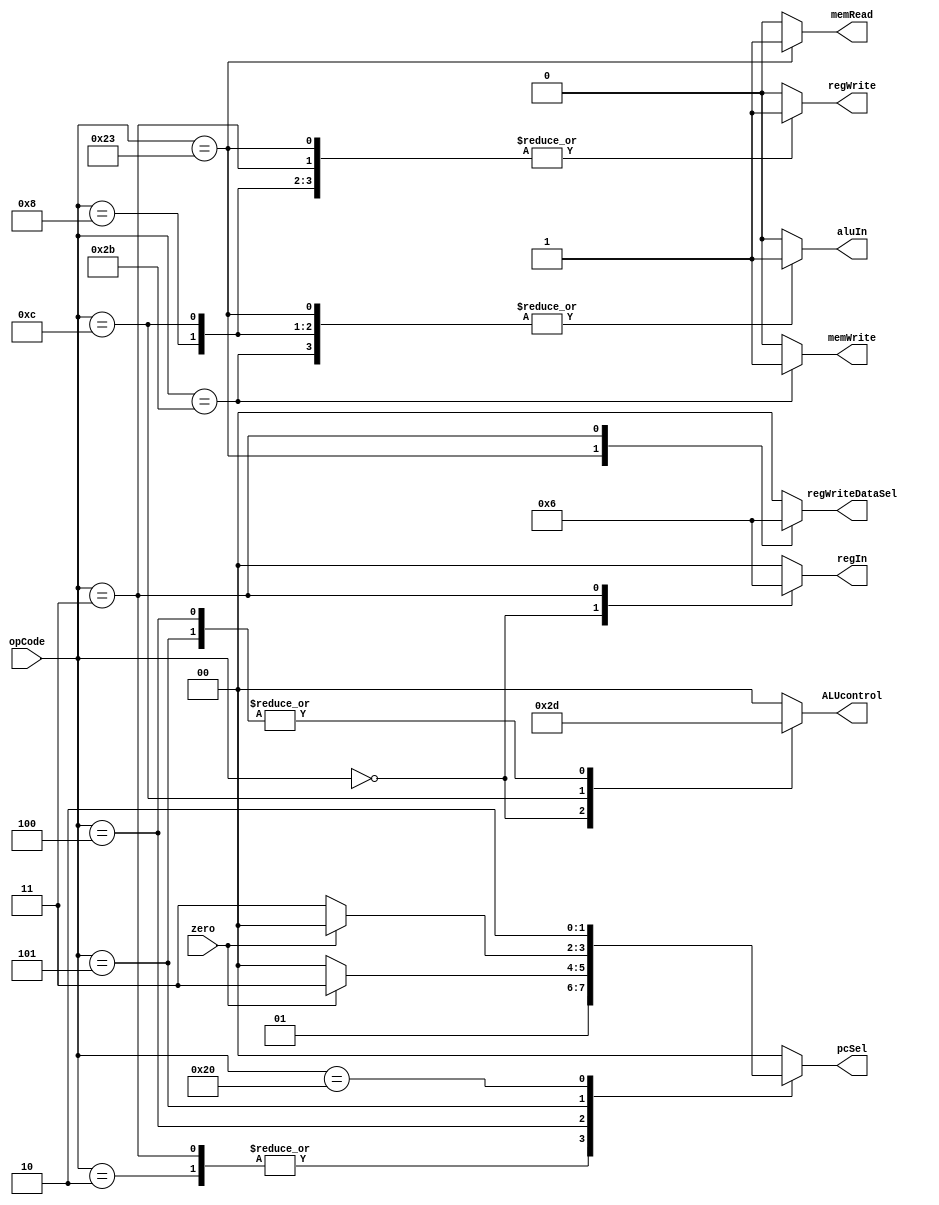
`timescale 1ns/1ns
module Controller(output reg[1:0] ALUcontrol , regWriteDataSel , regIn , pcSel , output reg memRead , memWrite , aluIn , regWrite ,input[5:0] opCode ,input zero);
  always@(opCode , zero)begin
    ALUcontrol = 2'b0 ; regWriteDataSel = 2'b0 ; regIn = 2'b0 ; pcSel = 2'b0;
    {memRead , memWrite , aluIn , regWrite} = 4'b0;
    case(opCode)
      6'b000000: begin // R_type ==> add , sub , and , or , slt
        ALUcontrol = 2'b10;
        regWriteDataSel = 0;
        regIn = 1;
        pcSel = 0;
        aluIn = 0;
        {memRead , memWrite , regWrite} = 3'b001;
      end
      6'b001000: begin // addi
        ALUcontrol = 2'b00;
        regWriteDataSel = 0;
        regIn = 0;
        pcSel = 0;
        aluIn = 1;
        {memRead , memWrite , regWrite} = 3'b001;
      end
      6'b001100: begin // andi
        ALUcontrol = 2'b11;
        regWriteDataSel = 0;
        regIn = 0;
        pcSel = 0;
        aluIn = 1;
        {memRead , memWrite , regWrite} = 3'b001;
      end
      6'b100011: begin // lw
        ALUcontrol = 2'b00;
        regWriteDataSel = 1;
        regIn = 0;
        pcSel = 0;
        aluIn = 1;
        {memRead , memWrite , regWrite} = 3'b101;
      end
      6'b101011: begin // sw
        ALUcontrol = 2'b00;
        pcSel = 0;
        aluIn = 1;
        {memRead , memWrite , regWrite} = 4'b010;
      end
      6'b000010: begin // j
        pcSel = 1;
        aluIn = 0;
        {memRead , memWrite , regWrite} = 3'b000;
      end 
      6'b000011: begin // jal
        regWriteDataSel = 2;
        regIn = 2;
        pcSel = 1;
        aluIn = 0;
        {memRead , memWrite , regWrite} = 3'b001;
      end
      6'b000100: begin // beq
        ALUcontrol = 2'b01;
        aluIn = 0;
        if(zero)
          pcSel = 3;
        else 
          pcSel = 0;
        {memRead , memWrite , regWrite} = 3'b000;
      end
      6'b000101: begin // bne
        ALUcontrol = 2'b01;
        aluIn = 0;
        if(zero)
          pcSel = 0;
        else
          pcSel = 3;
        {memRead , memWrite , regWrite} = 3'b000;
      end
      6'b100000: begin // jr
        pcSel = 2;
        // Other signals -> don't care
      end
      default:begin
        ALUcontrol = 2'b00;
        regWriteDataSel = 0;
        regIn = 0;
        pcSel = 0;
        aluIn = 0;
        {memRead , memWrite , regWrite} = 3'b000;
      end
    endcase
  end
endmodule